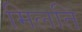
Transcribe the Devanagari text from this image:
मिलति